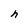
Character: h